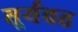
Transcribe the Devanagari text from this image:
सूर्यवत